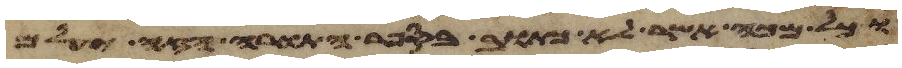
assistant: וכל מכה אשר לא כתוב בספר התורה הזה יעלם